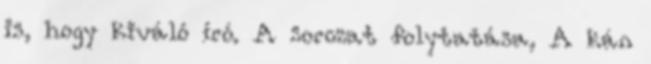
is, hogy kiváló író. A sorozat folytatása, A kán